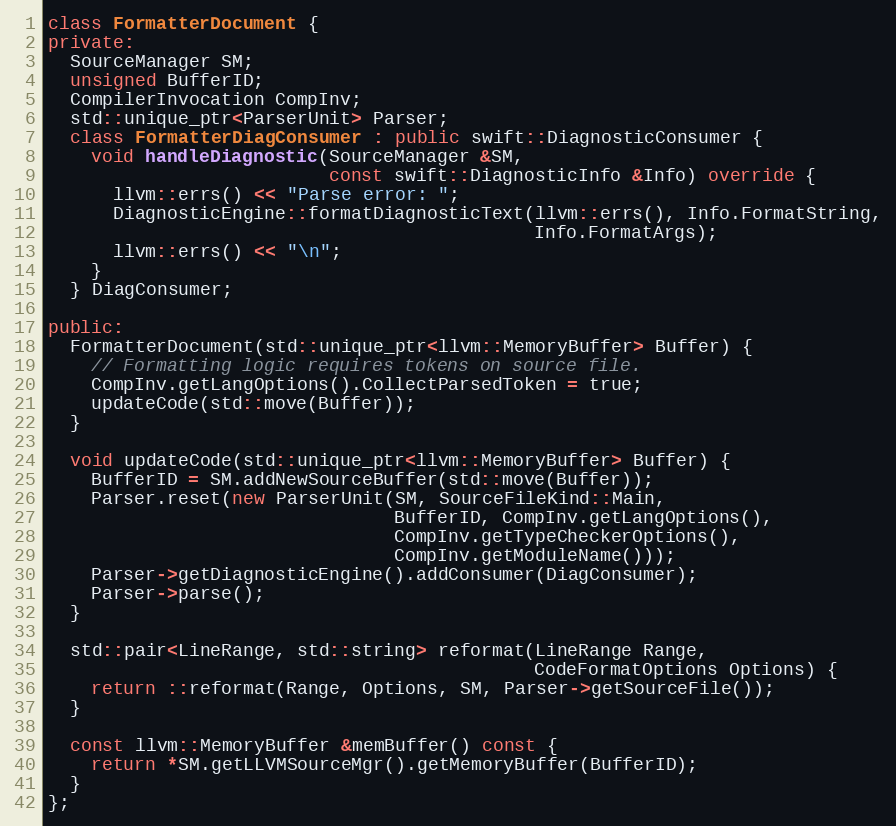
Language: C++
class FormatterDocument {
private:
  SourceManager SM;
  unsigned BufferID;
  CompilerInvocation CompInv;
  std::unique_ptr<ParserUnit> Parser;
  class FormatterDiagConsumer : public swift::DiagnosticConsumer {
    void handleDiagnostic(SourceManager &SM,
                          const swift::DiagnosticInfo &Info) override {
      llvm::errs() << "Parse error: ";
      DiagnosticEngine::formatDiagnosticText(llvm::errs(), Info.FormatString,
                                             Info.FormatArgs);
      llvm::errs() << "\n";
    }
  } DiagConsumer;

public:
  FormatterDocument(std::unique_ptr<llvm::MemoryBuffer> Buffer) {
    // Formatting logic requires tokens on source file.
    CompInv.getLangOptions().CollectParsedToken = true;
    updateCode(std::move(Buffer));
  }

  void updateCode(std::unique_ptr<llvm::MemoryBuffer> Buffer) {
    BufferID = SM.addNewSourceBuffer(std::move(Buffer));
    Parser.reset(new ParserUnit(SM, SourceFileKind::Main,
                                BufferID, CompInv.getLangOptions(),
                                CompInv.getTypeCheckerOptions(),
                                CompInv.getModuleName()));
    Parser->getDiagnosticEngine().addConsumer(DiagConsumer);
    Parser->parse();
  }

  std::pair<LineRange, std::string> reformat(LineRange Range,
                                             CodeFormatOptions Options) {
    return ::reformat(Range, Options, SM, Parser->getSourceFile());
  }

  const llvm::MemoryBuffer &memBuffer() const {
    return *SM.getLLVMSourceMgr().getMemoryBuffer(BufferID);
  }
};